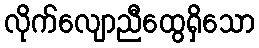
လိုက်လျောညီထွေရှိသော